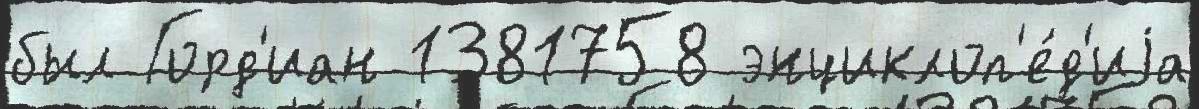
был Горд'иан 1381758 энциклоп'е́д'иjа